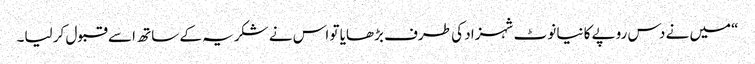
“میں نے دس روپے کا نیا نوٹ شہزاد کی طرف بڑھایا تو اس نے شکریہ کے ساتھ اسے قبول کر لیا۔